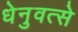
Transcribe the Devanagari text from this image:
धेनुवत्से